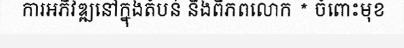
ការអភិវឌ្ឍនៅក្នុងតំបន់ និងពិភពលោក * ចំពោះមុខ